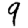
Digit: 9